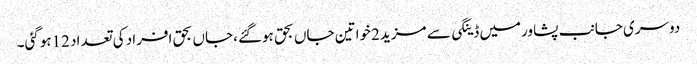
دوسری جانب پشاورمیں ڈینگی سے مزید 2خواتین جاں بحق ہوگئے ،جاں بحق افراد کی تعداد 12ہوگئی۔